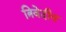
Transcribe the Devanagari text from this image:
त्रिवेदीय